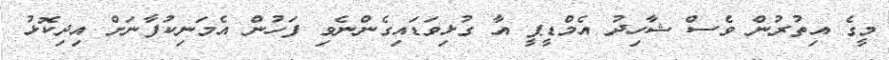
މީގެ އިތުރުން ވެސް ޝާހިދު އެމްޑީޕީ އާ ގުޅިވަޑައިގެންނެވި ފަހުން އެމަނިކުފާނަށް އިދިކޮޅު